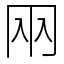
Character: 㒳